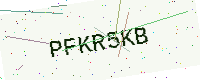
Text: PFKR5KB